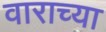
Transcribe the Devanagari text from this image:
वाराच्या